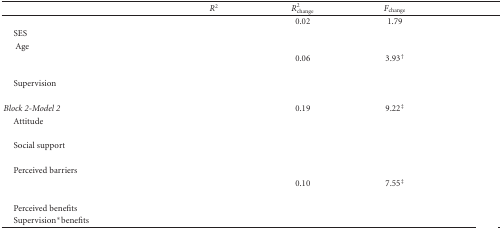
<table><thead><tr><td>[EMPTY_CELL]</td><td><b><i>R</i><sup>2</sup></b></td><td><b><i>R</i><sub>change</sub><sup>2</sup></b></td><td><b><i>F</i><sub>change</sub></b></td><td>[EMPTY_CELL]</td></tr></thead><tbody><tr><td>[EMPTY_CELL]</td><td>[EMPTY_CELL]</td><td>0.02</td><td>1.79</td><td>[EMPTY_CELL]</td></tr><tr><td> SES</td><td>[EMPTY_CELL]</td><td>[EMPTY_CELL]</td><td>[EMPTY_CELL]</td><td>[EMPTY_CELL]</td></tr><tr><td>Age</td><td>[EMPTY_CELL]</td><td>[EMPTY_CELL]</td><td>[EMPTY_CELL]</td><td>[EMPTY_CELL]</td></tr><tr><td>[EMPTY_CELL]</td><td>[EMPTY_CELL]</td><td>0.06</td><td>3.93<sup>†</sup></td><td>[EMPTY_CELL]</td></tr><tr><td>[EMPTY_CELL]</td><td>[EMPTY_CELL]</td><td>[EMPTY_CELL]</td><td>[EMPTY_CELL]</td><td>[EMPTY_CELL]</td></tr><tr><td> Supervision</td><td>[EMPTY_CELL]</td><td>[EMPTY_CELL]</td><td>[EMPTY_CELL]</td><td>[EMPTY_CELL]</td></tr><tr><td>[EMPTY_CELL]</td><td>[EMPTY_CELL]</td><td>[EMPTY_CELL]</td><td>[EMPTY_CELL]</td><td>[EMPTY_CELL]</td></tr><tr><td><i>Block 2-Model 2</i></td><td>[EMPTY_CELL]</td><td>0.19</td><td>9.22<sup>‡</sup></td><td>[EMPTY_CELL]</td></tr><tr><td> Attitude</td><td>[EMPTY_CELL]</td><td>[EMPTY_CELL]</td><td>[EMPTY_CELL]</td><td>[EMPTY_CELL]</td></tr><tr><td>[EMPTY_CELL]</td><td>[EMPTY_CELL]</td><td>[EMPTY_CELL]</td><td>[EMPTY_CELL]</td><td>[EMPTY_CELL]</td></tr><tr><td> Social support</td><td>[EMPTY_CELL]</td><td>[EMPTY_CELL]</td><td>[EMPTY_CELL]</td><td>[EMPTY_CELL]</td></tr><tr><td>[EMPTY_CELL]</td><td>[EMPTY_CELL]</td><td>[EMPTY_CELL]</td><td>[EMPTY_CELL]</td><td>[EMPTY_CELL]</td></tr><tr><td> Perceived barriers</td><td>[EMPTY_CELL]</td><td>[EMPTY_CELL]</td><td>[EMPTY_CELL]</td><td>[EMPTY_CELL]</td></tr><tr><td>[EMPTY_CELL]</td><td>[EMPTY_CELL]</td><td>0.10</td><td>7.55<sup>‡</sup></td><td>[EMPTY_CELL]</td></tr><tr><td>[EMPTY_CELL]</td><td>[EMPTY_CELL]</td><td>[EMPTY_CELL]</td><td>[EMPTY_CELL]</td><td>[EMPTY_CELL]</td></tr><tr><td> Perceived benefits</td><td>[EMPTY_CELL]</td><td>[EMPTY_CELL]</td><td>[EMPTY_CELL]</td><td>[EMPTY_CELL]</td></tr><tr><td> Supervision*benefits</td><td>[EMPTY_CELL]</td><td>[EMPTY_CELL]</td><td>[EMPTY_CELL]</td><td>[EMPTY_CELL]</td></tr></tbody></table>